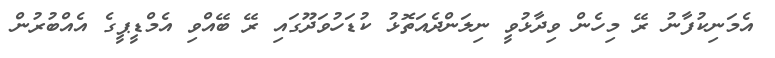
އެމަނިކުފާނު ރޭ މިހެން ވިދާޅުވީ ނިލަންދެއަތޮޅު ކުޑަހުވަދޫގައި ރޭ ބޭއްވި އެމްޑީޕީގެ އެއްބުރުން